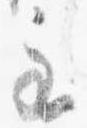
主